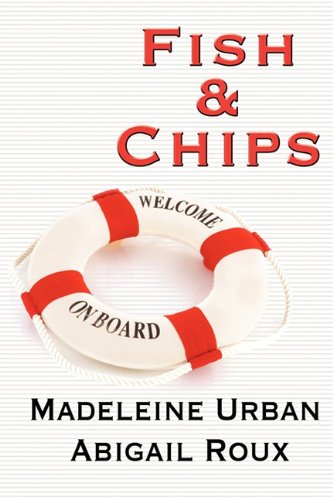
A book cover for Fish & Chips (Cut & Run); Madeleine Urban; Romance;